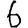
Digit: 6